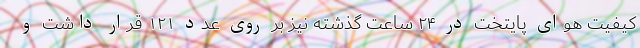
کیفیت هوای پایتخت در ۲۴ ساعت گذشته نیز بر روی عدد ۱۲۱ قرار داشت و